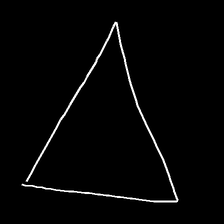
Glyph: convergence